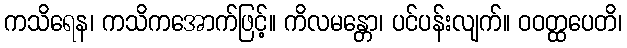
ကသိရေန၊ ကသိကအောက်ဖြင့်။ ကိလမန္တော၊ ပင်ပန်းလျက်။ ဝဝတ္ထပေတိ၊